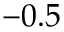
- 0 . 5